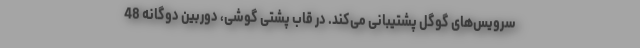
سرویس‌های گوگل پشتیبانی می‌کند. در قاب پشتی گوشی، دوربین دوگانه 48